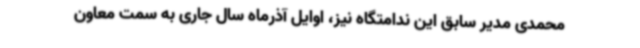
محمدی مدیر سابق این ندامتگاه نیز، اوایل آذرماه سال جاری به سمت معاون